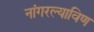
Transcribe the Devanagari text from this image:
नांगरल्याविण